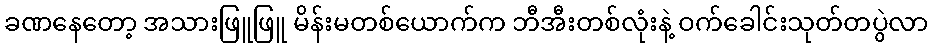
ခဏနေတော့ အသားဖြူဖြူ မိန်းမတစ်ယောက်က ဘီအီးတစ်လုံးနဲ့ ဝက်ခေါင်းသုတ်တပွဲလာ